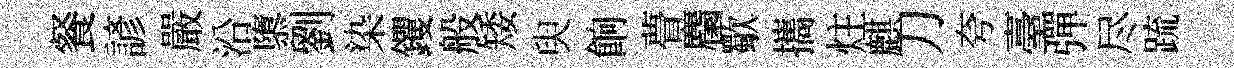
餐諺嚴沿隳劉染钁般矮臾餉瞢麕歜攜炷麒刀夸臺彈尽䟽